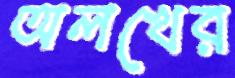
অলখের